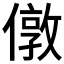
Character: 𠎄